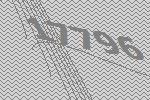
17796